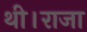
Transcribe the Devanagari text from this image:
थी।राजा